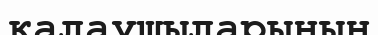
қалаушыларының